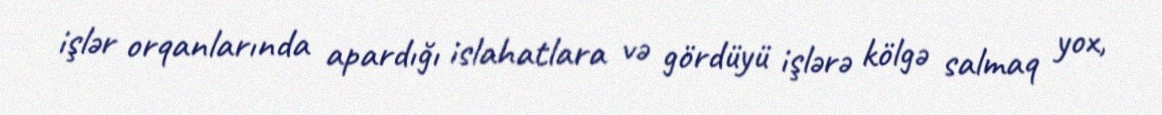
işlər orqanlarında apardığı islahatlara və gördüyü işlərə kölgə salmaq yox,